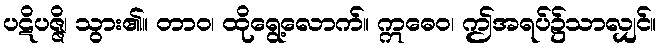
ပဋိပဇ္ဇိ၊ သွား၏။ တာဝ၊ ထိုရွေ့လောက်။ ဣဓေဝ၊ ဤအရပ်၌သာလျှင်။